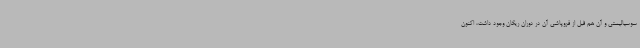
سوسیالیستی و آن هم قبل از فروپاشی آن در دوران ریگان وجود داشت، اکنون